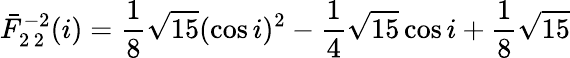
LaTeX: \bar{F}_{2\, 2}^{-2}(i)=\frac{1}{8}\sqrt{15}(\cos i)^{2}-\frac{1}{4}\sqrt{15}\cos i+\frac{1}{8}\sqrt{15}